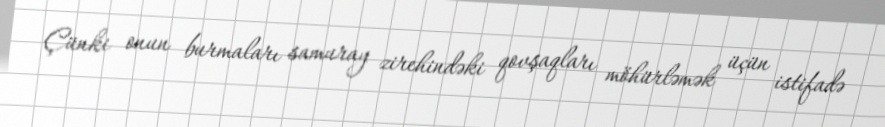
Çünki onun burmaları samuray zirehindəki qovşaqları möhürləmək üçün istifadə